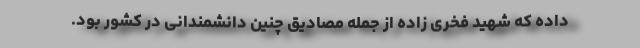
داده که شهید فخری زاده از جمله مصادیق چنین دانشمندانی در کشور بود.